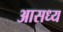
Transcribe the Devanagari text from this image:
आसध्य